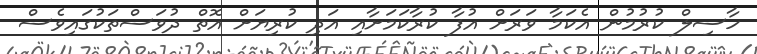
ހާސިލް ކުރުމުން އެކަމާ ވަރަށް އުފާ ކުރާކަމަށާއި އަދި ކުރިޔަށް އޮތް ދުވަސްތަކުގައިވެސް